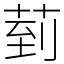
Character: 菿